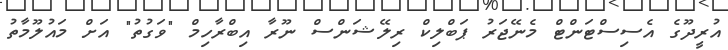
އުރީދޫގެ އެސިސްޓަންޓް މެނޭޖަރު ޕަބްލިކް ރިލޭޝަންސް ނޫރާ އިބްރާހިމް "ވަގުތު" އަށް މައުލޫމާތު